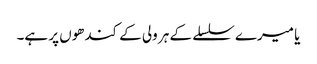
یا میرے سلسلے کے ہر ولی کے کندھوں پر ہے۔